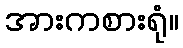
အားကစားရုံ။